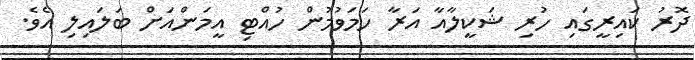
ދޮރު ކައިރީގައި ހުރި ޝަކީލާއާ އަރާ ހަމަވުމުން ހުއްޓި އީމަންއަށް ބަލައިލި އެވެ.